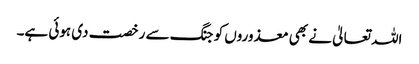
اللہ تعالیٰ نے بھی معذوروں کو جنگ سے رخصت دی ہوئی ہے۔